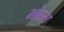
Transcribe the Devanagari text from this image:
भोरस